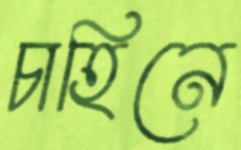
চাহিনে